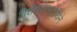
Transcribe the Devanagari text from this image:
विशेशफलदायिने